V__Kingissepa_nim__kolhoos, lk 33
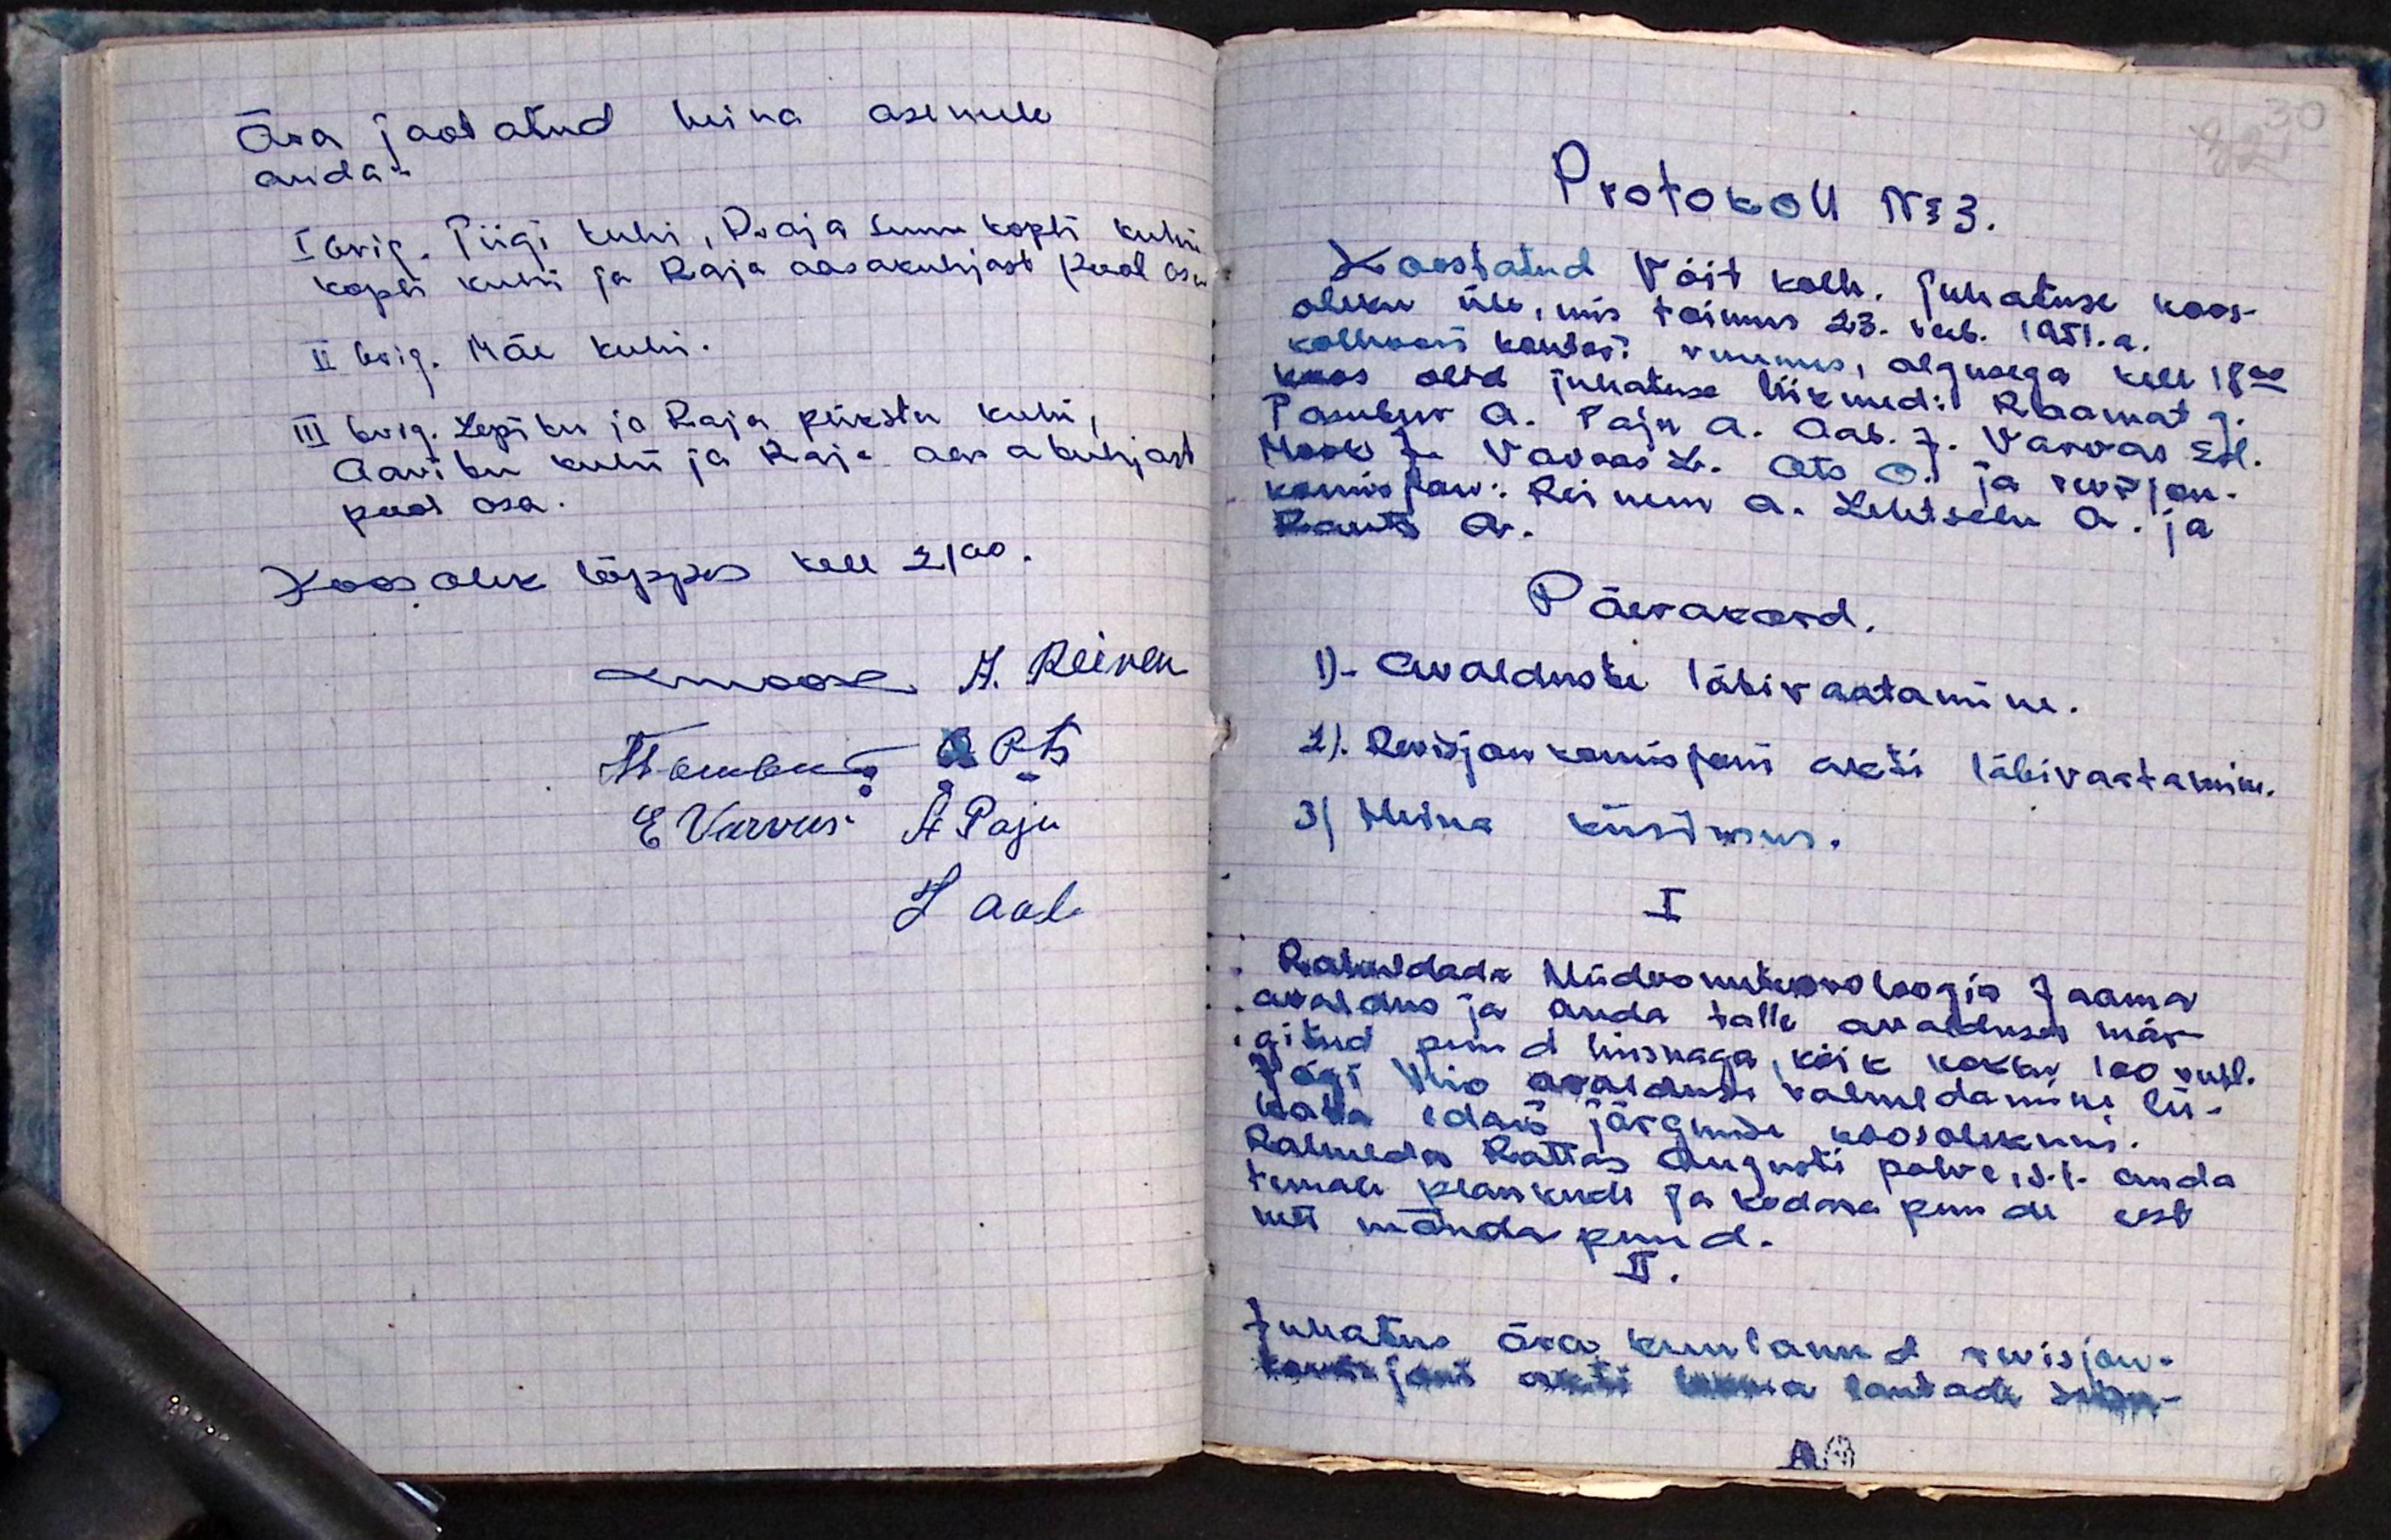
ära jaotatud heina asemele
anda.
I brig. Piigi Kuhi, Raja suur Kopli Kuhi
Kopli Kuhi ja Raja aasakuhjast pool osa
II brig. Mäe Kuhi.
III brig. Lepiku ja Raja piirstu Kuhi,
Aaviku Kuhi ja Raja aas a kuhjast
pool osa.
Koosolek lõppes kell 21.00
Mook A. Reinen
М-ствия O. Ots
E. Varvas A. Paju
J Aab

Protokoll no 3.
Koostatud Võit kolh. juhatuse koos-
oleku üle, mis toimus 23. veeb. 1951.a.
kolhoosi kontori ruumes, algusega kell 18.00
Koos olid juhatuse liikmed: Raamat G.
Tambur A. Paju A. Aab. J. Varvas Ed.
Mook J. Varvas L. Ots O. ja revisjon.
komisjon: Reinem A. Lehtsalu A. ja
Rauts A.
Päevakord.
1). Avalduste läbivaatamine.
2). Revisjon komisjoni akti läbivaatamine.
3) Heina küsimus.
I
Rahuldada Hüdrometeoroloogia Jaama
avaldus ja anda talle avalduses mär-
gitud puud hinnaga, kõik kokku 100 rubl.
Jõgi Viio avalduse rahuldamine lü-
kata edasi järgmise koosolekuni.
Rahulda Rattas Augusti palve, s.t. anda
temale plankude ja kodma puude eest
neli mända puud.
II.
Juhatus ära kuulanud revisjon-
komisjoni akti teema lautade seisu-